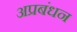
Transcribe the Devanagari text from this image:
अप्रबंधन